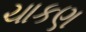
ચાકણ